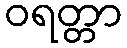
ဝရတ္တာ